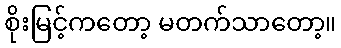
စိုးမြင့်ကတော့ မတက်သာတော့။